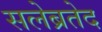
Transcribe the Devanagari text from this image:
सलेब्रतेद